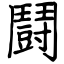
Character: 鬪